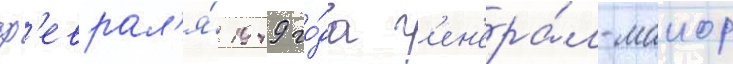
ф'еврал'я́ 1949 го́да г'ен'ера́л-маиор